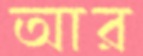
আর